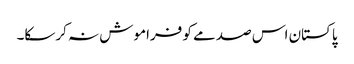
پاکستان اس صدمے کو فراموش نہ کرسکا۔